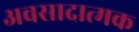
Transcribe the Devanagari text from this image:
अवसादात्मक